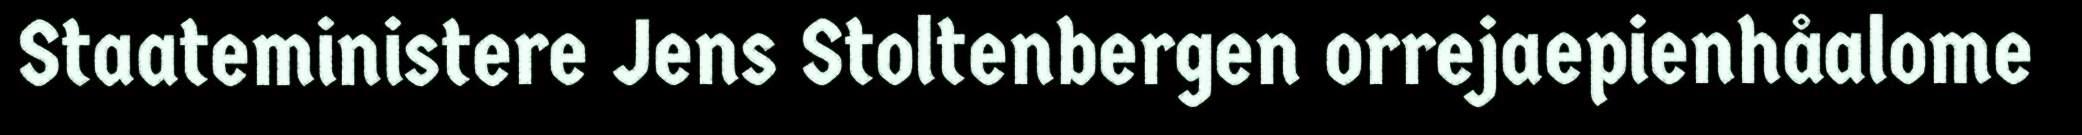
Staateministere Jens Stoltenbergen orrejaepienhåalome